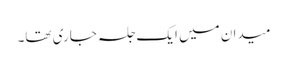
میدان میں ایک جلسہ جاری تھا۔